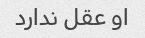
او عقل ندارد